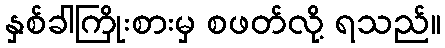
နှစ်ခါကြိုးစားမှ စဖတ်လို့ ရသည်။